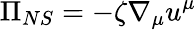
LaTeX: \Pi_{NS}=-\zeta\nabla_{\mu}u^{\mu}